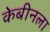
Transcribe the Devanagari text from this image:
केबीनला